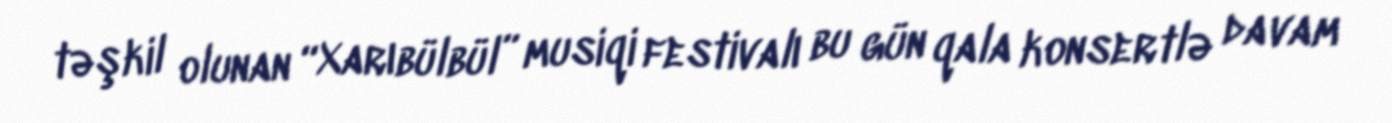
təşkil olunan “Xarıbülbül” musiqi festivalı bu gün qala konsertlə davam